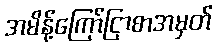
အမိန့်ကြော်ငြာစာအမှတ်